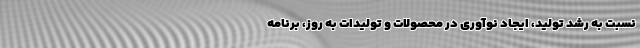
نسبت به رشد تولید، ایجاد نوآوری در محصولات و تولیدات به روز، برنامه